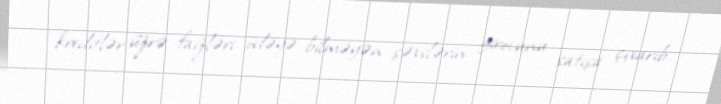
kreditlər üzrə faizləri ödəyə bilməyən şəxslərin girovunu satışa çıxarıb.